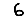
Digit: 6